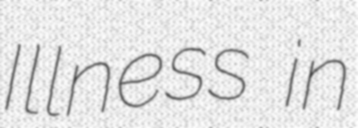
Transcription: Illness in